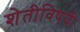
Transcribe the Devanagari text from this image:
शेतीविषयी